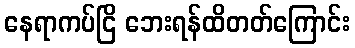
နေရာကပ်ငြိ ဘေးရန်ထိတတ်ကြောင်း